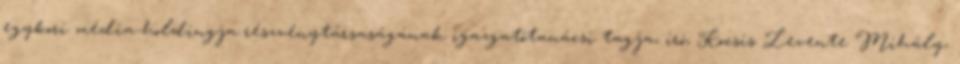
egykori média-holdingja részvény­tár­saságának igazgatótanácsi tagja, író, Kocsis Levente Mihály,